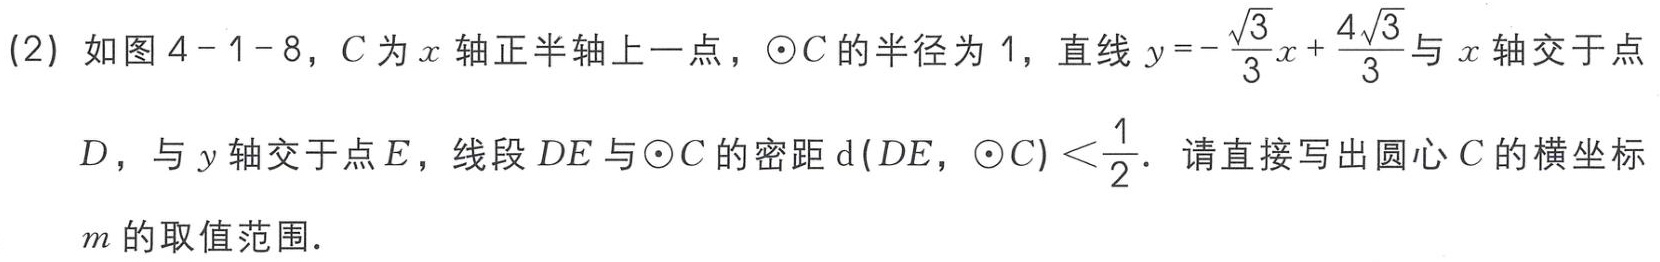
(2) 如图4 - 1 - 8，$C$为$x$轴正半轴上一点，$\odot C$的半径为$1$，直线$y = -\frac{\sqrt{3}}{3}x+\frac{4\sqrt{3}}{3}$与$x$轴交于点

$D$，与$y$轴交于点$E$，线段$DE$与$\odot C$的密距$\mathrm{d}(DE,\odot C)<\frac{1}{2}$．请直接写出圆心$C$的横坐标

$m$的取值范围．